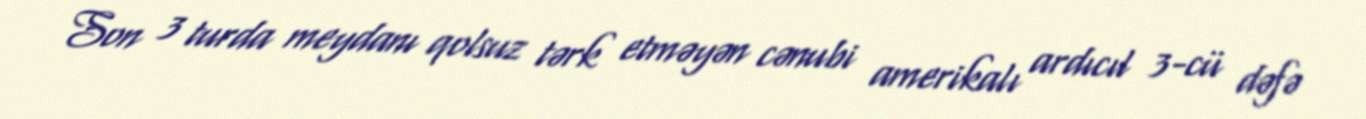
Son 3 turda meydanı qolsuz tərk etməyən cənubi amerikalı ardıcıl 3-cü dəfə